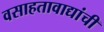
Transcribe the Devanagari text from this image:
वसाहतावाद्यांची